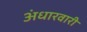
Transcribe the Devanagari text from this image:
अंधारवारी